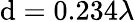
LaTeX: \mathrm{d}=0.234\lambda